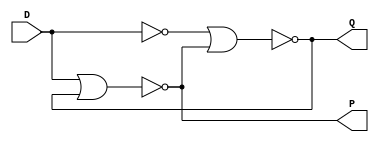
`timescale 1ns / 1ps

module D_LATCH(output Q,P,input D);		//Declaring D LATCH Module where Q,P as OUTPUT and D as INPUT.

wire not1,nor1,nor2;

assign nor1 = Q;		//Connecting output port Q with wire nor1. 
assign nor2 = P;		//Connecting output port P with wire nor2.

not F1(not1,D);		//Using inbuilt 'not' gate.

nor F2(Q,not1,nor2);		//Using inbuilt 'nor' gate.

nor F3(P,D,nor1);		//Using inbuilt 'nor' gate.


endmodule